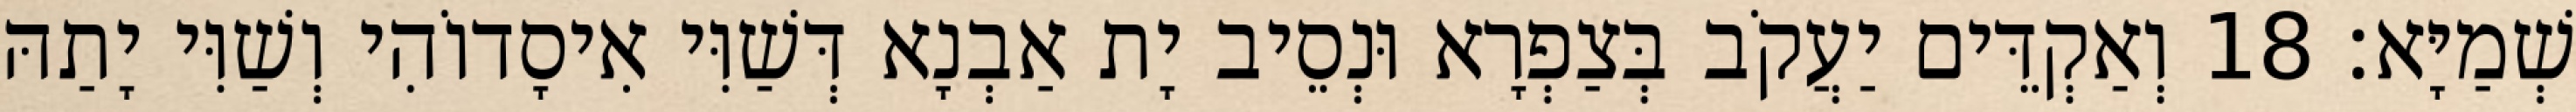
שְׁמַיָּא׃ 18 וְאַקְדֵּים יַעֲקֹב בְּצַפְרָא וּנְסֵיב יָת אַבְנָא דְּשַׁוִּי אִיסָדוֹהִי וְשַׁוִּי יָתַהּ